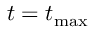
t = t _ { \operatorname* { m a x } }